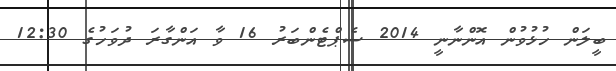
ބީލަން ހުޅުވުން އޮންނާނީ 2014 ސެޕްޓެންބަރު 16 ވާ އަންގާރަ ދުވަހުގެ 12:30